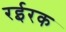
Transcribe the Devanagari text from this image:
रईरक